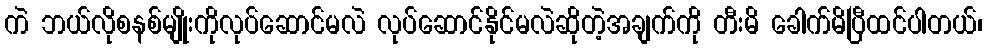
ကဲ ဘယ်လိုစနစ်မျိုးကိုလုပ်ဆောင်မလဲ လုပ်ဆောင်နိုင်မလဲဆိုတဲ့အချက်ကို တီးမိ ခေါက်မိပြီထင်ပါတယ်၊